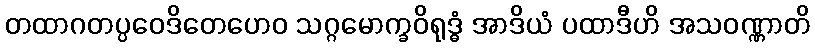
တထာဂတပ္ပဝေဒိတေဟေဝ သဂ္ဂမောက္ခဝိရုဒ္ဓံ အာဒိယံ ပထာဒီဟိ အသဝဏ္ဏာတိ